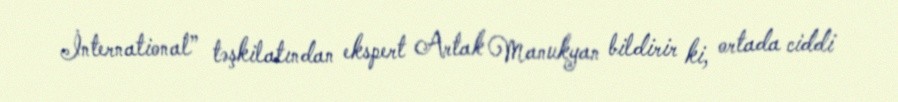
İnternational” təşkilatından ekspert Artak Manukyan bildirir ki, ortada ciddi